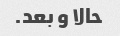
حالا و بعد.